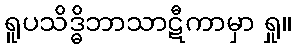
ရူပသိဒ္ဓိဘာသာဋီကာမှာ ရှု။